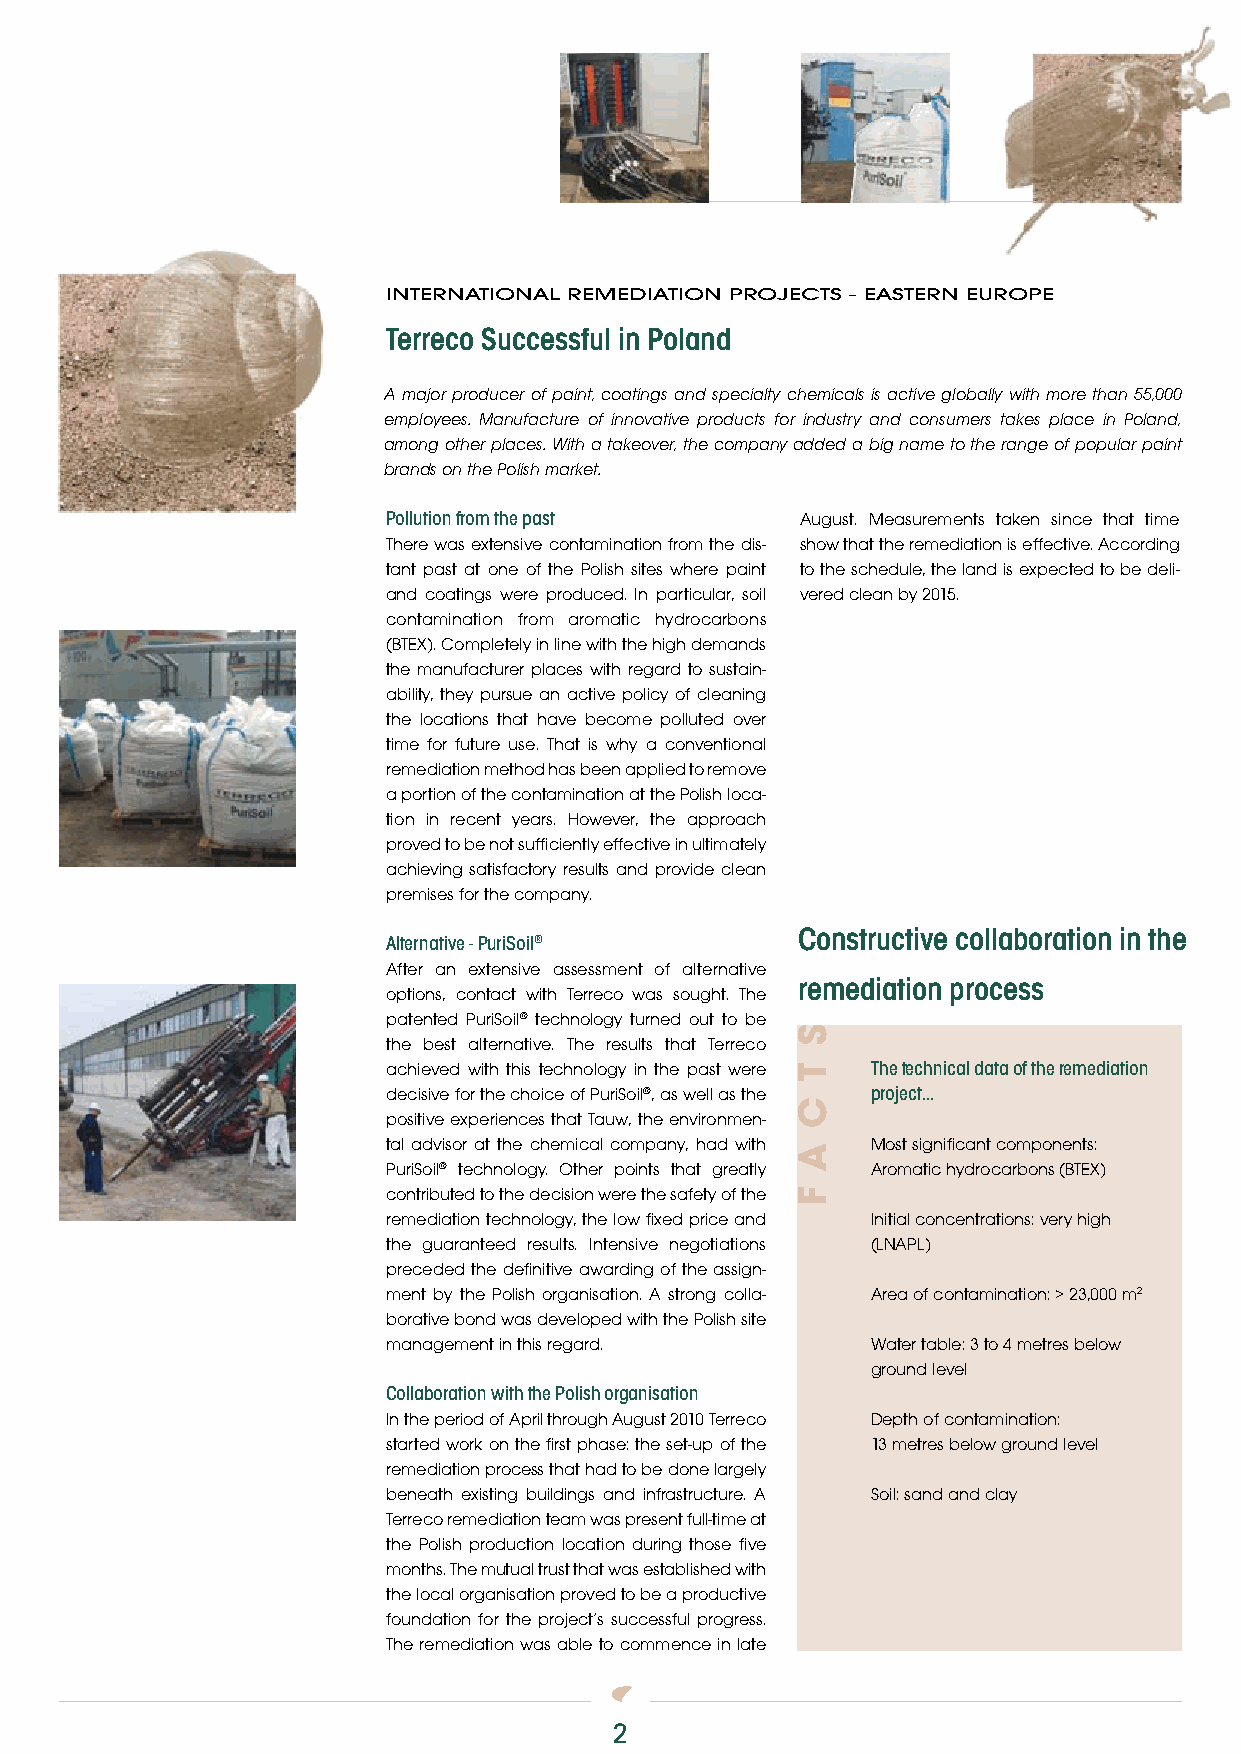
inTernaTional remediaTion projecTs - easTern europe
 Terreco Successful in Poland
 A major producer of paint, coatings and specialty chemicals is active globally with more than 55,000
 employees. Manufacture of innovative products for industry and consumers takes place in Poland,
 among other places. With a takeover, the company added a big name to the range of popular paint
 brands on the Polish market.
 Pollution from the past    August. Measurements taken since that time
 There was extensive contamination from the dis- show that the remediation is effective. According
 tant past at one of the Polish sites where paint to the schedule, the land is expected to be deli-
 and coatings were produced. In particular, soil vered clean by 2015.
 contamination from aromatic hydrocarbons
 (BTEX). Completely in line with the high demands
 the manufacturer places with regard to sustain-
 ability, they pursue an active policy of cleaning
 the locations that have become polluted over
 time for future use. That is why a conventional
 remediation method has been applied to remove
 a portion of the contamination at the Polish loca-
 tion in recent years. However, the approach
 proved to be not sufficiently effective in ultimately
 achieving satisfactory results and provide clean
 premises for the company.
 Constructive collaboration in the
 Alternative - PuriSoil®
 After an extensive assessment of alternative
 remediation process
 options, contact with Terreco was sought. The
 patented PuriSoil® technology turned out to be
 the best alternative. The results that Terreco
 achieved with this technology in the past were The technical data of the remediation
 decisive for the choice of PuriSoil®, as well as the project...
 positive experiences that Tauw, the environmen-
 tal advisor at the chemical company, had with Most significant components:
 PuriSoil® technology. Other points that greatly Aromatic hydrocarbons (BTEX)
 contributed to the decision were the safety of the
 remediation technology, the low fixed price and Initial concentrations: very high
 the guaranteed results. Intensive negotiations (LNAPL)
 preceded the definitive awarding of the assign-
 ment by the Polish organisation. A strong colla- Area of contamination: > 23,000 m2
 borative bond was developed with the Polish site
 management in this regard.      Water table: 3 to 4 metres below
 ground level
 Collaboration with the Polish organisation
 In the period of April through August 2010 Terreco Depth of contamination:
 started work on the first phase: the set-up of the 13 metres below ground level
 remediation process that had to be done largely
 beneath existing buildings and infrastructure. A Soil: sand and clay
 Terreco remediation team was present full-time at
 the Polish production location during those five
 months. The mutual trust that was established with
 the local organisation proved to be a productive
 foundation for the project’s successful progress.
 The remediation was able to commence in late
 2
 s
 t
 c
 a
 F